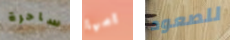
ساحرة امها للصعود